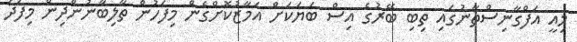
މިއީ އަފްގާނިސްތާނުގައި ތިބި ބޭރުގެ އިސް ބަޔަކަށް އަމާޒުކޮށްގެން މިފަހުން ތާލިބާނުންދިން މިފަދަ